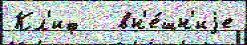
Кл'иф   вн'е́шн'иjе